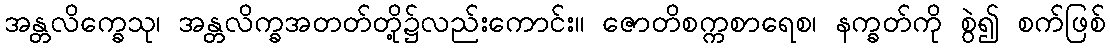
အန္တလိက္ခေသု၊ အန္တလိက္ခအတတ်တို့၌လည်းကောင်း။ ဇောတိစက္ကစာရေစ၊ နက္ခတ်ကို စွဲ၍ စက်ဖြစ်